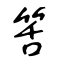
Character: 筈